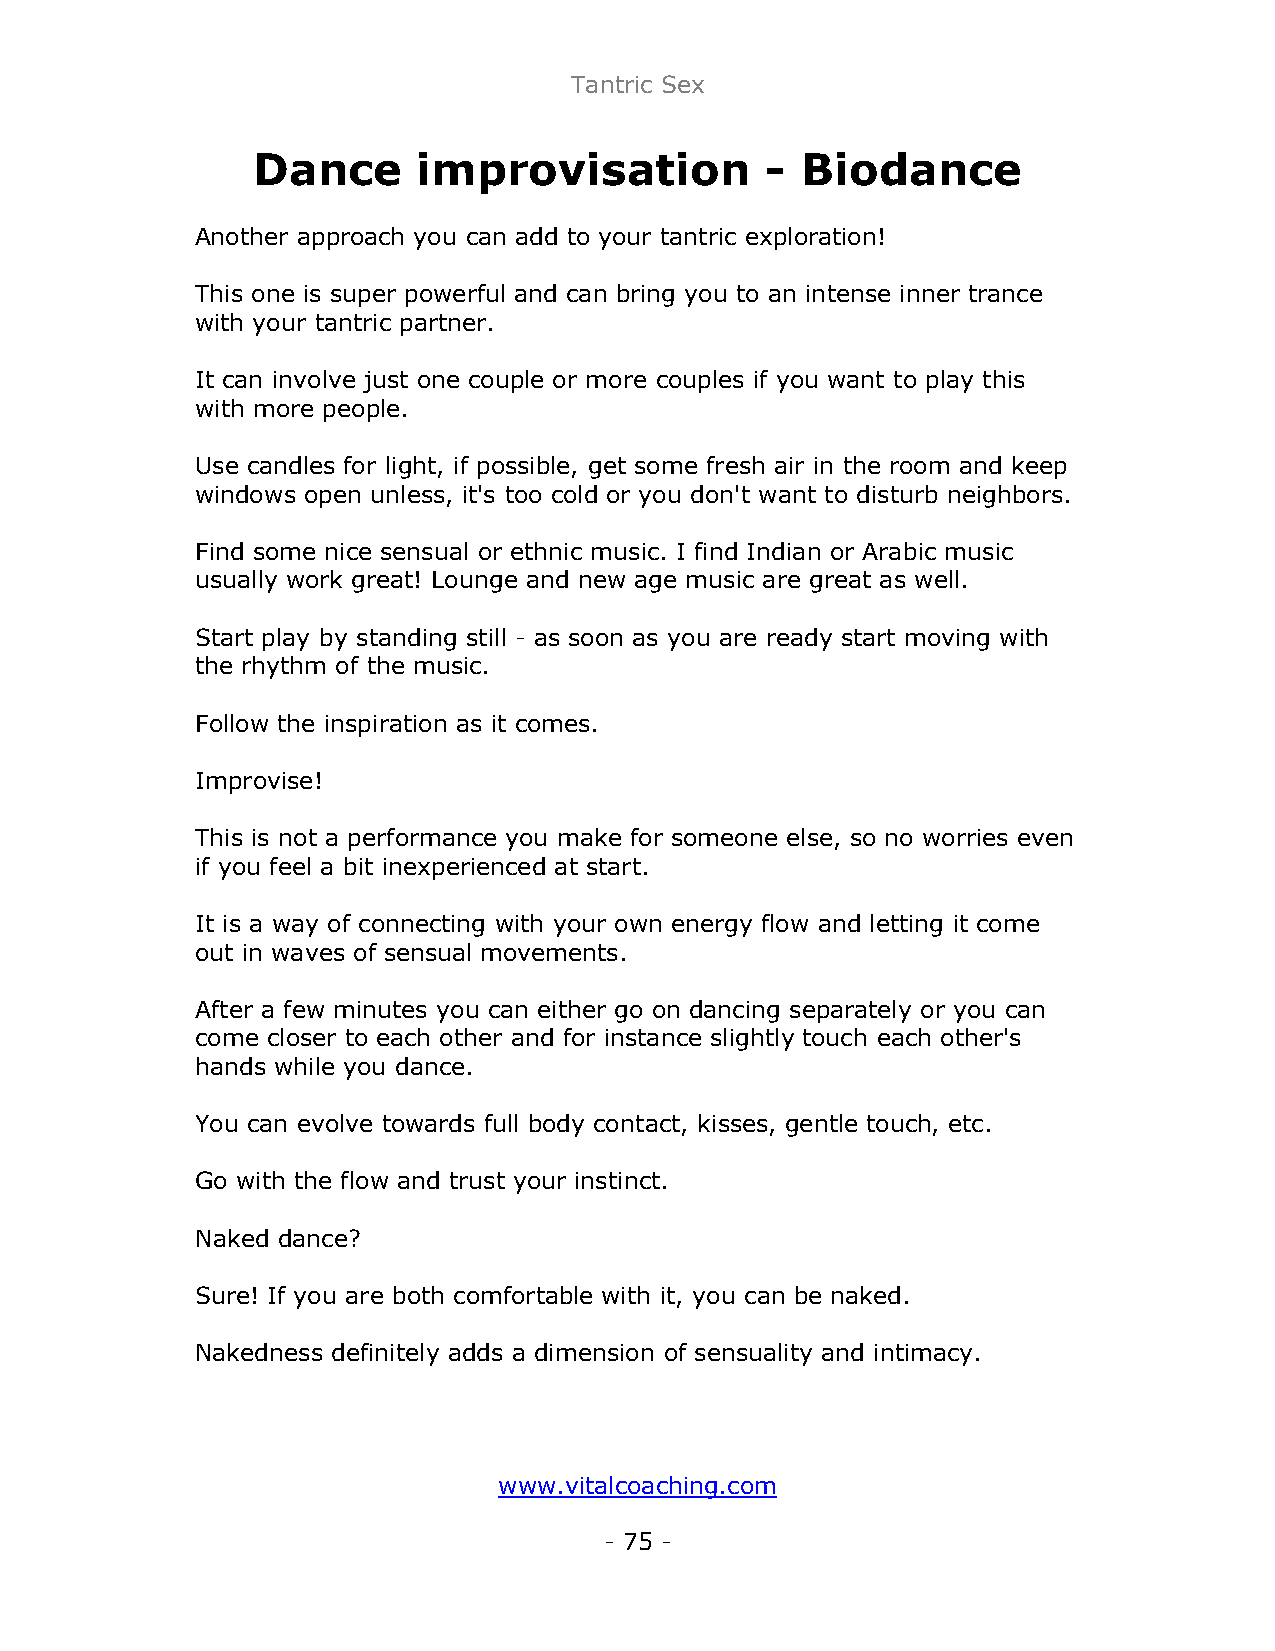
Tantric Sex
 Dance      improvisation          - Biodance
 Another approach you can add to your tantric exploration!
 This one is super powerful and can bring you to an intense inner trance
 with your tantric partner.
 It can involve just one couple or more couples if you want to play this
 with more people.
 Use candles for light, if possible, get some fresh air in the room and keep
 windows open unless, it's too cold or you don't want to disturb neighbors.
 Find some nice sensual or ethnic music. I find Indian or Arabic music
 usually work great! Lounge and new age music are great as well.
 Start play by standing still - as soon as you are ready start moving with
 the rhythm of the music.
 Follow the inspiration as it comes.
 Improvise!
 This is not a performance you make for someone else, so no worries even
 if you feel a bit inexperienced at start.
 It is a way of connecting with your own energy flow and letting it come
 out in waves of sensual movements.
 After a few minutes you can either go on dancing separately or you can
 come closer to each other and for instance slightly touch each other's
 hands while you dance.
 You can evolve towards full body contact, kisses, gentle touch, etc.
 Go with the flow and trust your instinct.
 Naked dance?
 Sure! If you are both comfortable with it, you can be naked.
 Nakedness definitely adds a dimension of sensuality and intimacy.
 www.vitalcoaching.com
 - 75 -